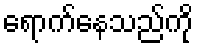
ရောက်နေသည်ကို